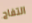
التفاح